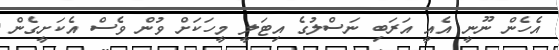
އެހެން ނޫނީ އެއީ އަރަބި ނަސްލުގެ އިޓަލީ މީހަކަށް ވުން ވެސް އެކަށީގެން